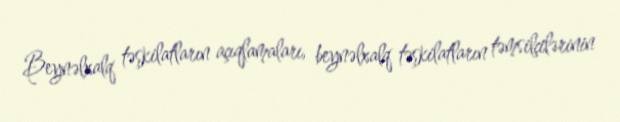
Beynəlxalq təşkilatların açıqlamaları, beynəlxalq təşkilatların təmsilçilərinin